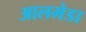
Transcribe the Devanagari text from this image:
आलमेडा